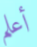
أعلم